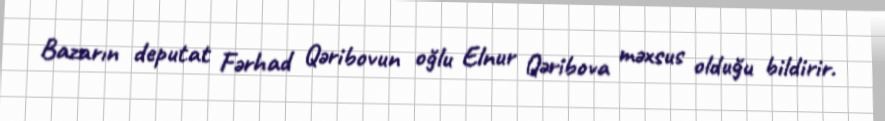
Bazarın deputat Fərhad Qəribovun oğlu Elnur Qəribova məxsus olduğu bildirir.